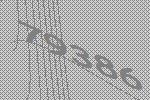
79386